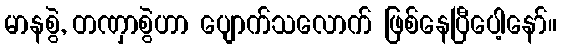
မာနစွဲ, တဏှာစွဲဟာ ပျောက်သလောက် ဖြစ်နေပြီပေါ့နော်။